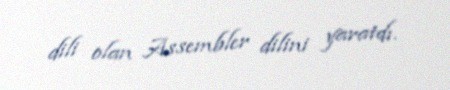
dili olan Assembler dilini yaratdı.